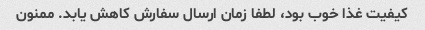
کیفیت غذا خوب بود، لطفا زمان ارسال سفارش کاهش یابد. ممنون